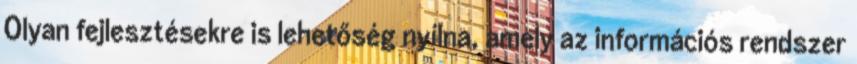
Olyan fejlesztésekre is lehetőség nyílna, amely az információs rendszer